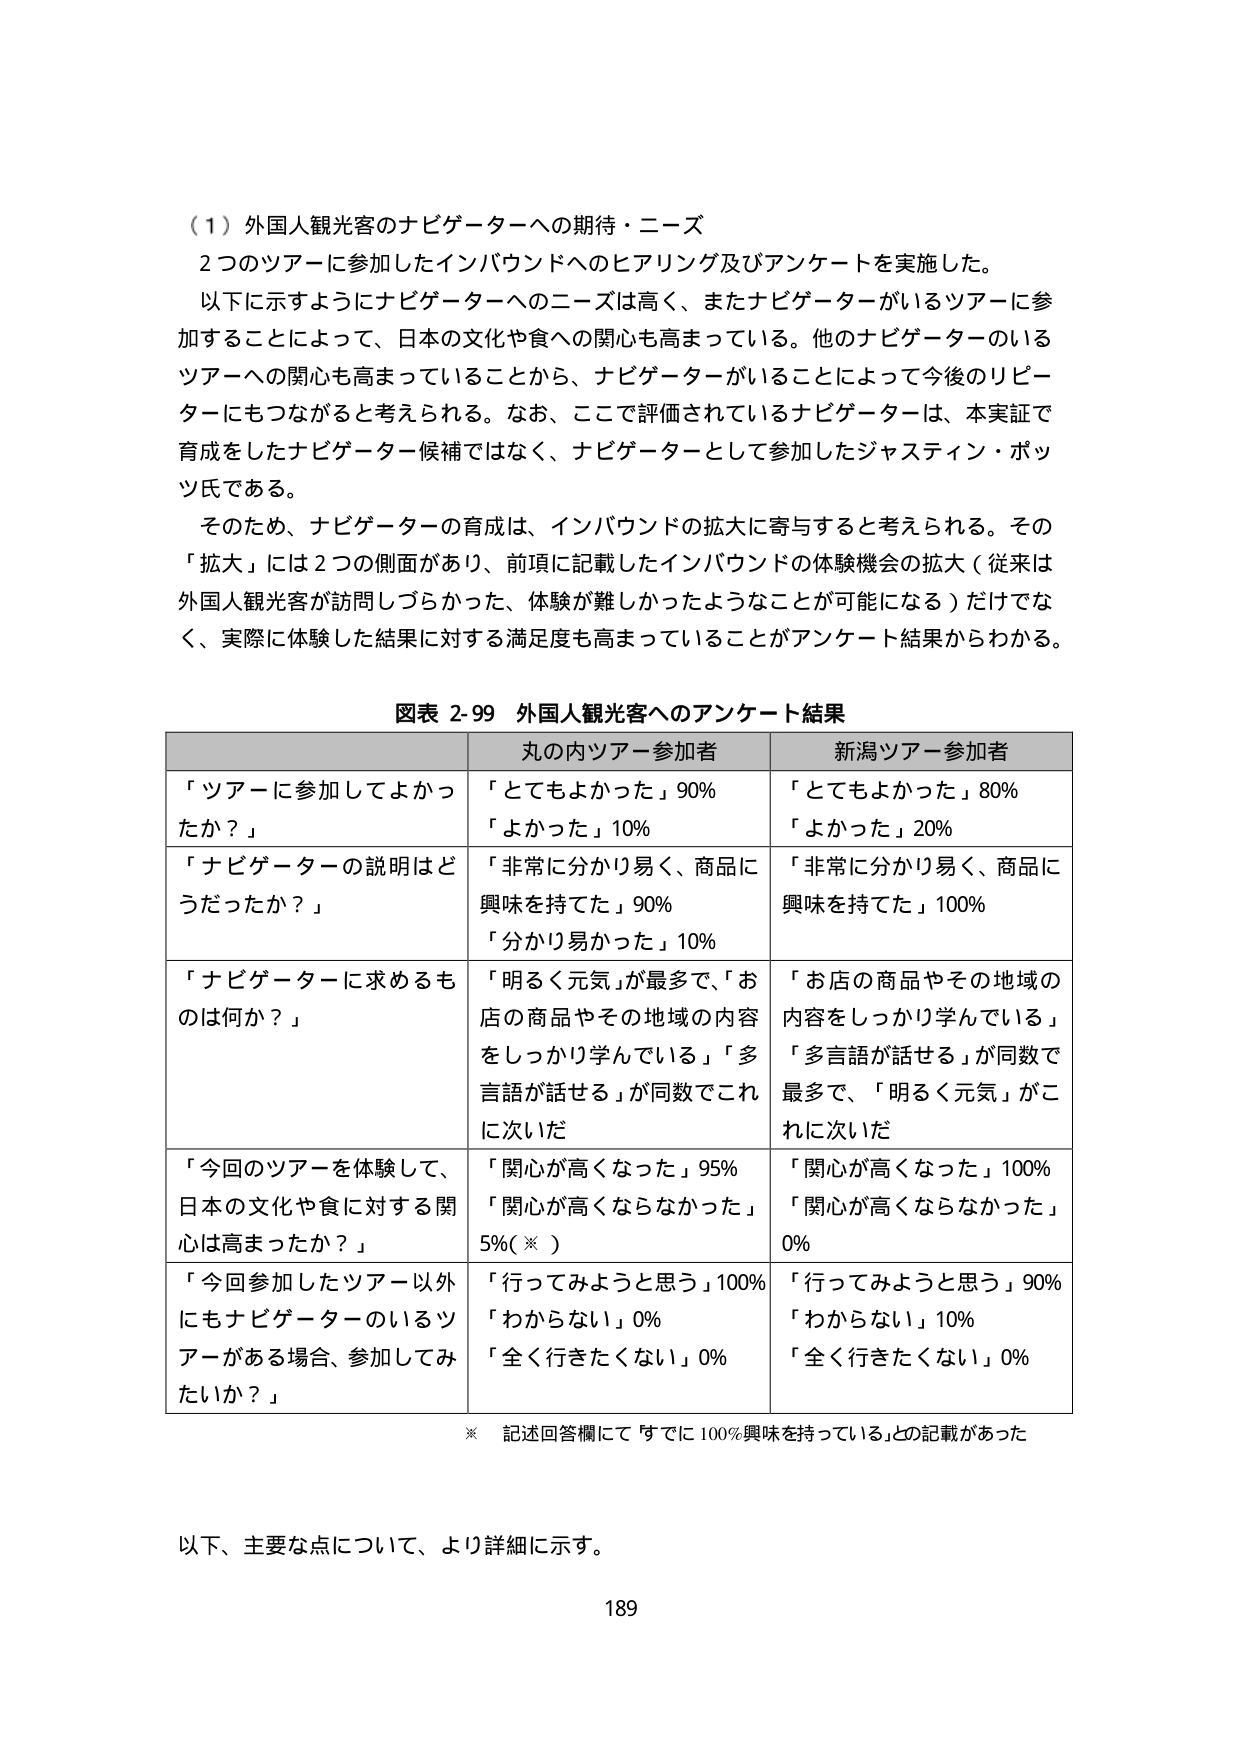
（１）外国人観光客のナビゲーターへの期待・ニーズ
２つのツアーに参加したインバウンドへのヒアリング及びアンケートを実施した。
以下に示すようにナビゲーターへのニーズは高く、またナビゲーターがいるツアーに参加することによって、日本の文化や食への関心も高まっている。他のナビゲーターのいるツアーへの関心も高まっていることから、ナビゲーターがいることによって今後のリピーターにもつながると考えられる。なお、ここで評価されているナビゲーターは、本実証で育成をしたナビゲーター候補ではなく、ナビゲーターとして参加したジャスティン・ポッツ氏である。
そのため、ナビゲーターの育成は、インバウンドの拡大に寄与すると考えられる。その「拡大」には２つの側面があり、前項に記載したインバウンドの体験機会の拡大（従来は外国人観光客が訪問しづらかった、体験が難しかったようなことが可能になる）だけでなく、実際に体験した結果に対する満足度も高まっていることがアンケート結果からわかる。

図表 2-99 外国人観光客へのアンケート結果

| | 丸の内ツアー参加者 | 新潟ツアー参加者 |
|---|---|---|
| 「ツアーに参加してよかったか？」 | 「とてもよかった」90%<br>「よかった」10% | 「とてもよかった」80%<br>「よかった」20% |
| 「ナビゲーターの説明はどうだったか？」 | 「非常に分かり易く、商品に興味を持てた」90%<br>「分かり易かった」10% | 「非常に分かり易く、商品に興味を持てた」100% |
| 「ナビゲーターに求めるものは何か？」 | 「明るく元気」が最多で、「お店の商品やその地域の内容をしっかり学んでいる」「多言語が話せる」が同数でこれに次いだ | 「お店の商品やその地域の内容をしっかり学んでいる」「多言語が話せる」が同数で最多で、「明るく元気」がこれに次いだ |
| 「今回のツアーを体験して、日本の文化や食に対する関心は高まったか？」 | 「関心が高くなった」95%<br>「関心が高くならなかった」5%（※） | 「関心が高くなった」100%<br>「関心が高くならなかった」0% |
| 「今回参加したツアー以外にもナビゲーターのいるツアーがある場合、参加してみたいか？」 | 「行ってみようと思う」100%<br>「わからない」0%<br>「全く行きたくない」0% | 「行ってみようと思う」90%<br>「わからない」10%<br>「全く行きたくない」0% |

※ 記述回答欄にて「すでに100%興味を持っている」との記載があった

以下、主要な点について、より詳細に示す。

189